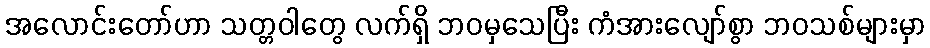
အလောင်းတော်ဟာ သတ္တဝါတွေ လက်ရှိ ဘဝမှသေပြီး ကံအားလျော်စွာ ဘဝသစ်များမှာ